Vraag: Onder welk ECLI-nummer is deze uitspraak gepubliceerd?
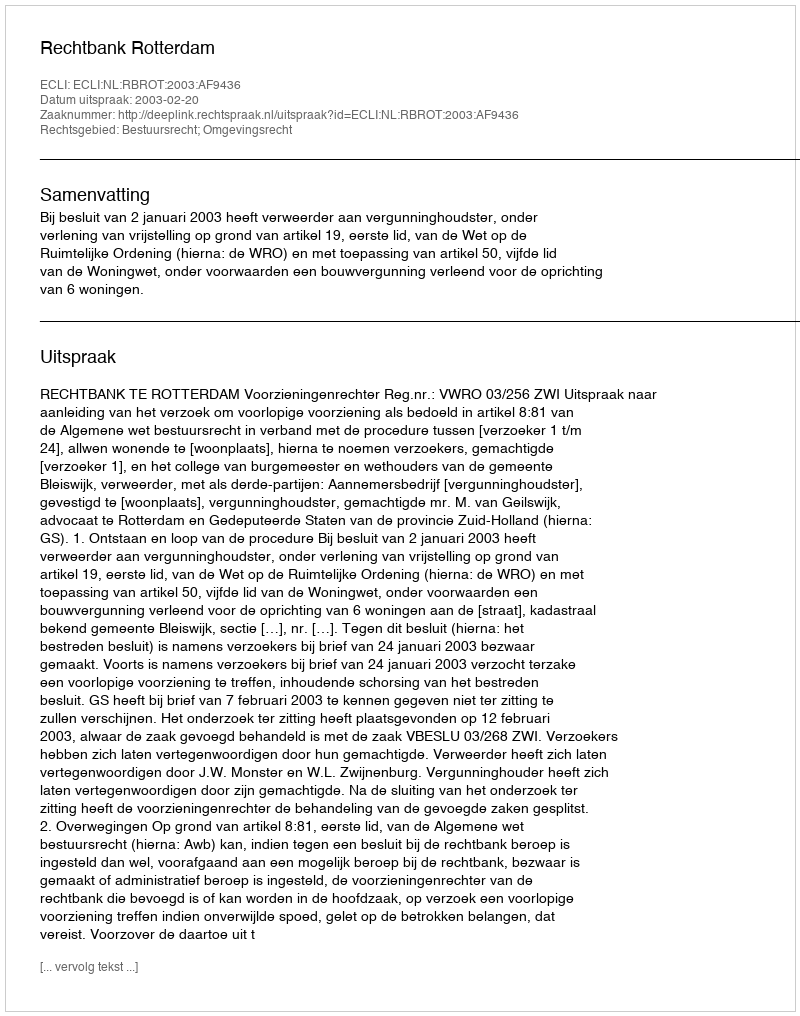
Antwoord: ECLI:NL:RBROT:2003:AF9436